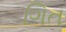
ગિત